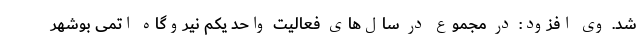
شد. وی افزود: در مجموع در سال‌های فعالیت واحد یکم نیروگاه اتمی بوشهر